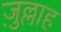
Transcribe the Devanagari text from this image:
ज़ुल्लाह